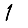
Digit: 1